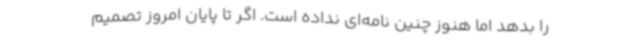
را بدهد اما هنوز چنین نامه‌ای نداده است. اگر تا پایان امروز تصمیم